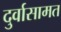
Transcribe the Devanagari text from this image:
दुर्वासामत